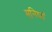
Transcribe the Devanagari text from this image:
मनिष्यं